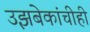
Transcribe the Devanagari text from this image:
उझबेकांचीही